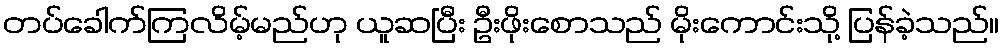
တပ်ခေါက်ကြလိမ့်မည်ဟု ယူဆပြီး ဦးဖိုးစောသည် မိုးကောင်းသို့ ပြန်ခဲ့သည်။